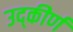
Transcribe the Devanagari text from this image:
उद्कीर्ण